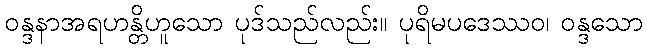
ဝန္ဒနာအရဟန္တိဟူသော ပုဒ်သည်လည်း။ ပုရိမပဒေဿဝ၊ ဝန္ဒသော